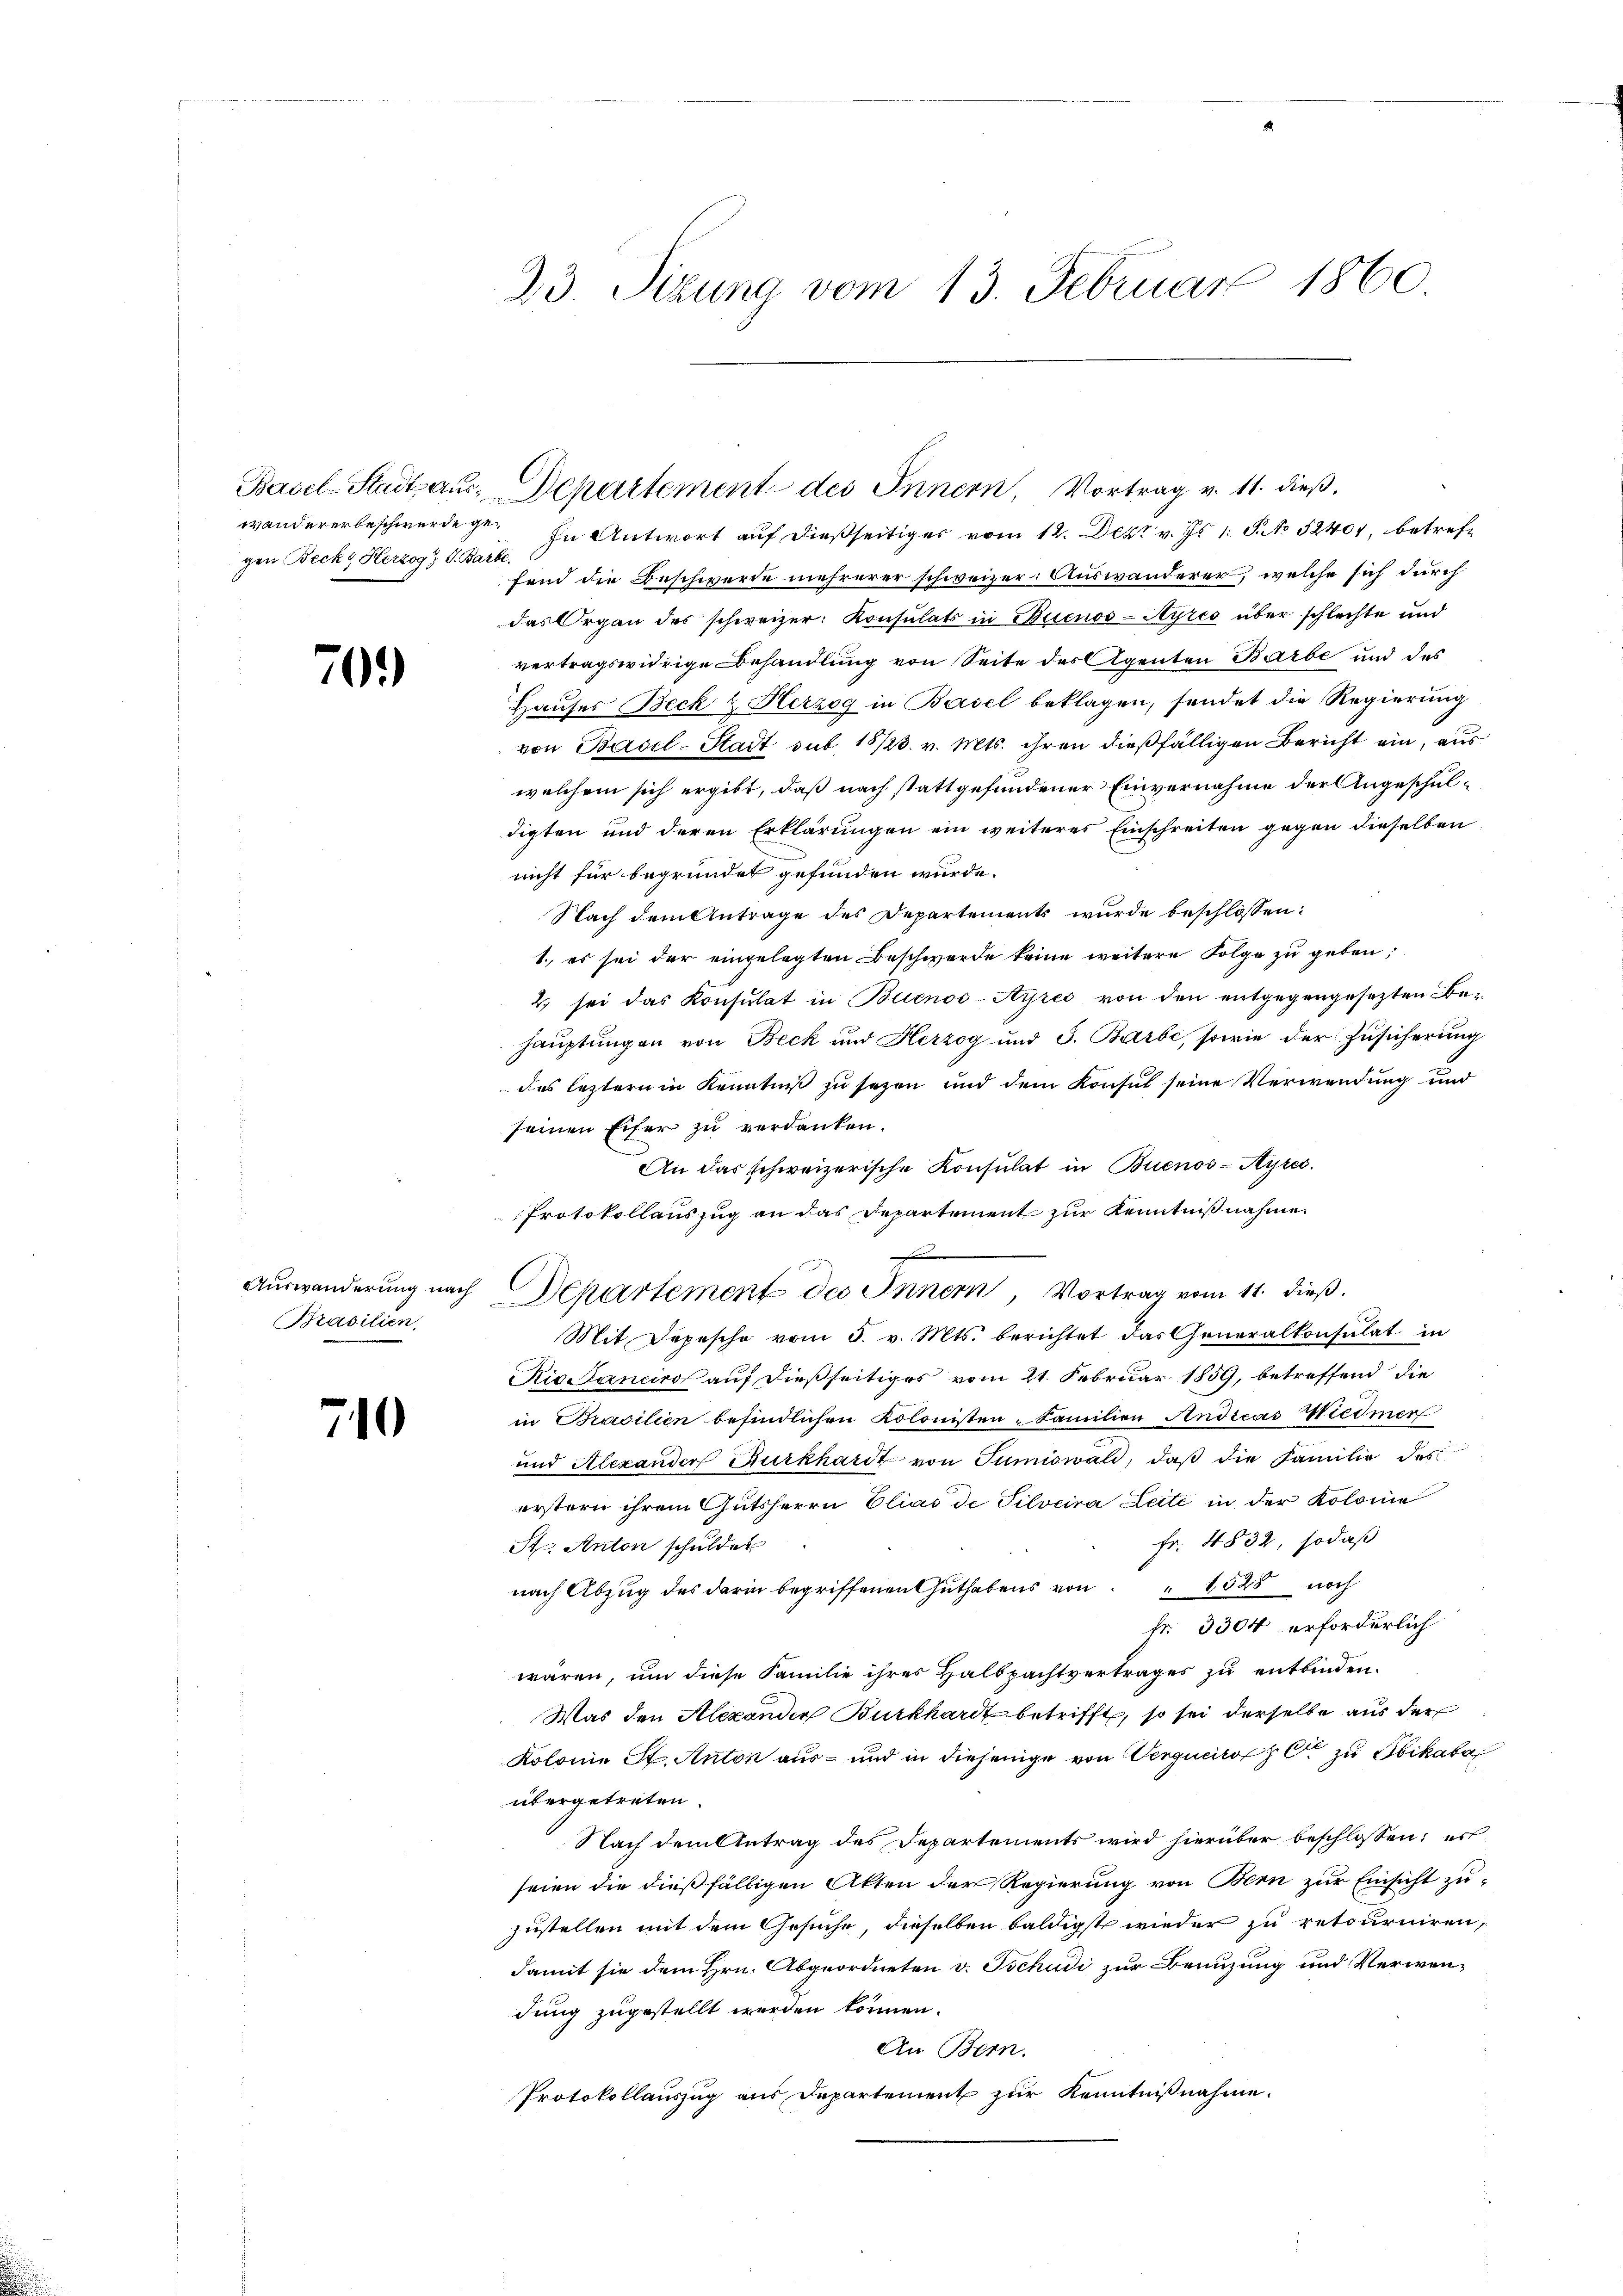
gen Beck & Herzog J. J. Bar

70.)

Brasilien,

710

23. Sizung vom 13. Februar 1860.

Basel-Stadt aus Departement des Innern, Vortrag v. 11. dieß.

C

wandererbeschwerde ge. In Antwort auf dießseitiges vom 12. Dez. v. Js 1 S. No 52401, betrefk.
fend die Beschwerde mehrerer schweizer. Auswanderer, welche sich durch
das Organ des schweizer: Konsulats in Buenos-Ayres über schlechte und
vertragswidrige Behandlung von Seite des Agenten Barbe und des
Hauses Beck & Herzog in Basel beklagen, sendet die Regierung
von Basel-Stadt sub 18/23. v. Mts. ihren dießfälligen Bericht ein, aus
welchem sich ergibt, daß nach stattgefundener Einvernahme der Angeschuldigten und deren Erklärungen ein weiteres Einschreiten gegen dieselben
nicht für begründet gefunden würde.
Nach dem Antrage des Departements wurde beschlossen:
1., es sei der eingelegten Beschwerde keine weitere Folge zu geben;
2. sei das Konsulat in Buenos-Ayres von den entgegengesetzten Behauptungen von Beck und Herzog und 3. Barbe, sowie der Zusicherung
des leztern in Kenntniß zu sezen und dem Konsul seine Verwendung und
seinen Eifer zu verdanken.
An das schweizerische Konsulat in Buenos-Ayres.
Protokollauszug an das Departement zur Kenntnißnahme
f
Auswanderung nach Departement des Innern, Vortrag vom 11. dieß
Mit Depesche vom 5. v. Mts. berichtet das Generalkonsulat in
Riccanciros auf dießseitiges vom 21. Februar 1859, betreffend die
in Brasilien befindlichen Kolonisten - Familien Andreas Wiedmer
und Alexander Burkhardt von Tumiswald, daß die Familie des
erstern ihrem Gutsherrn Elias de Silveira Leite in der Kolonie
fr. 4832, sodaß
St. Anton schuldet
nach Abzug des darin begriffenen Guthabens von " 1528 noch
fr. 3304 erforderlich
wären, um diese Familie ihres Halbpachtvertrages zu entbinden.
Was den Alexander Burkhardt betrifft, so sei derselbe aus der
Kolonie St. Anton aus – und in diejenige von Vergucito et zu Obikaba
übergetreten.
Nach dem Antrag des Departements wird hierüber beschlossen; es
seien die dießfälligen Akten der Regierung von Bern zur Einsicht zu-
zustellen mit dem Gesuche, dieselben baldigst wieder zu retourniren,
damit sie dem Hrn. Abgeordneten v. Tschudi zur Benuzung und Verwen-
dung zugestellt werden können.
An Bern.
Protokollauszug aus Departement zur Kenntnißnahme.